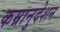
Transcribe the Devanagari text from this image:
कम्रानुदेशन